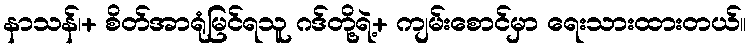
နာသန်၊+ စိတ်အာရုံမြင်ရသူ ဂဒ်တို့ရဲ့+ ကျမ်းစောင်မှာ ရေးသားထားတယ်။